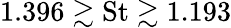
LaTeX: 1.396\gtrsim\textrm{St}\gtrsim 1.193